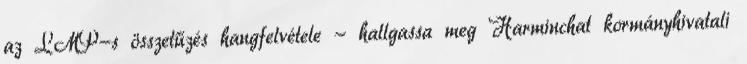
az LMP-s összetűzés hangfelvétele - hallgassa meg Harminchat kormányhivatali